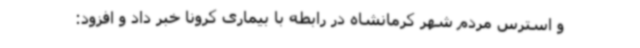
و استرس مردم شهر کرمانشاه در رابطه با بیماری کرونا خبر داد و افزود: